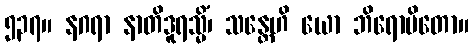
၅၃၇။ နဂရာ နာတိဒူရသ္မိံ၊ သန္တေဟိ ယော ဘိရောပိတော။